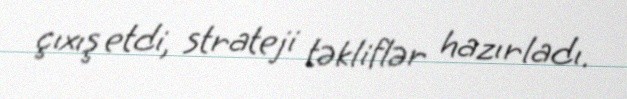
çıxış etdi, strateji təkliflər hazırladı.